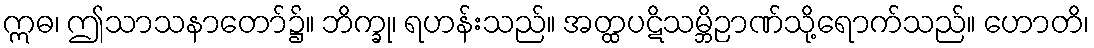
ဣဓ၊ ဤသာသနာတော်၌။ ဘိက္ခု၊ ရဟန်းသည်။ အတ္ထပဋိသမ္ဘိဉာဏ်သို့ရောက်သည်။ ဟောတိ၊